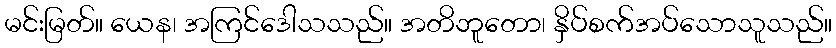
မင်းမြတ်။ ယေန၊ အကြင်ဒေါသသည်။ အတိဘူတော၊ နှိပ်စက်အပ်သောသူသည်။